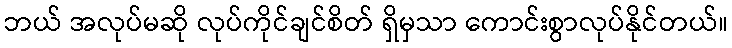
ဘယ် အလုပ်မဆို လုပ်ကိုင်ချင်စိတ် ရှိမှသာ ကောင်းစွာလုပ်နိုင်တယ်။